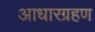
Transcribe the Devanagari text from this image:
आधारग्रहण